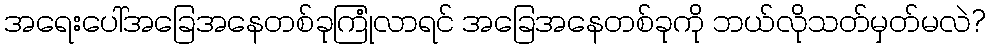
အရေးပေါ်အခြေအနေတစ်ခုကြုံလာရင် အခြေအနေတစ်ခုကို ဘယ်လိုသတ်မှတ်မလဲ?